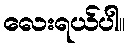
လေးရယ်ပါ။